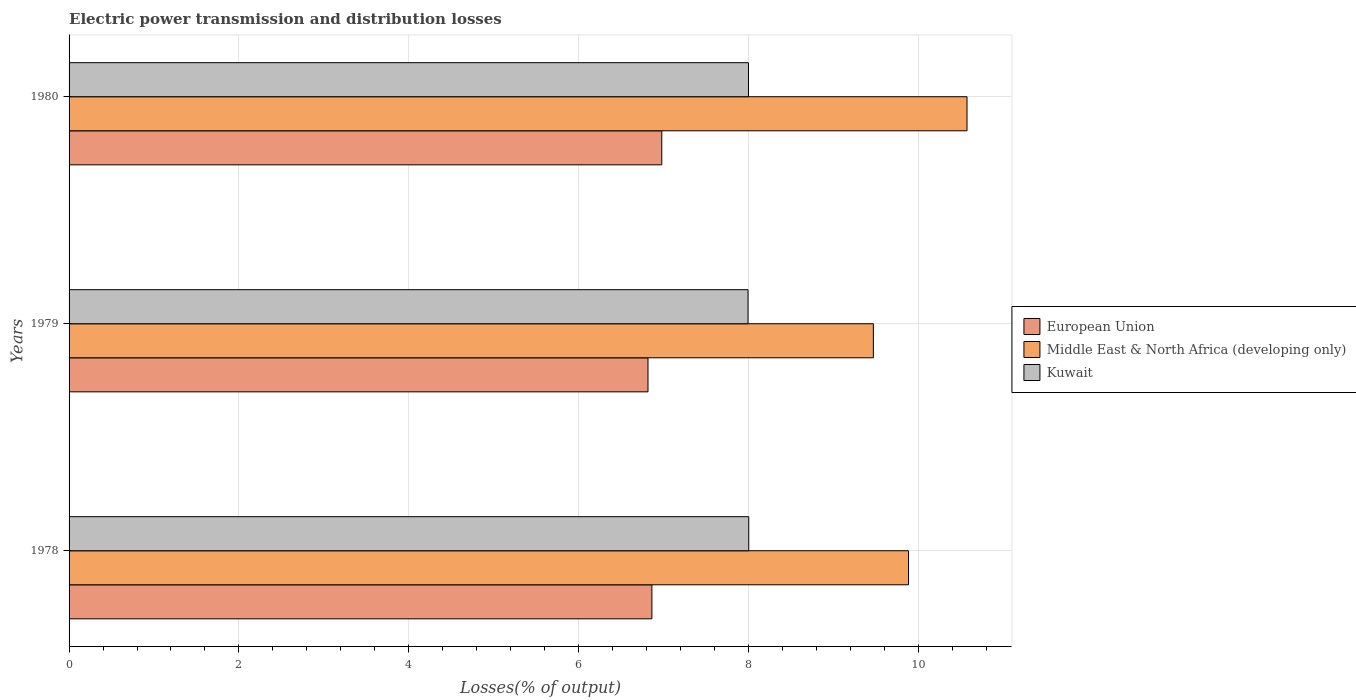
| Years | European Union | Middle East & North Africa (developing only) | Kuwait |
 | --- | --- | --- | --- |
 | 1978 | 6.86 | 9.89 | 8.01 |
 | 1979 | 6.82 | 9.47 | 8 |
 | 1980 | 6.98 | 10.6 | 8 |